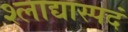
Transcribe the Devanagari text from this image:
श्लाद्यास्पदं